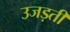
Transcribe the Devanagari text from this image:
उजड़ती